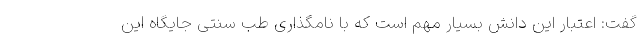
گفت: اعتبار این دانش بسیار مهم است که با نامگذاری طب سنتی جایگاه این